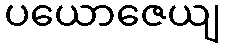
ပယောဇေယျ